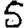
Digit: 5